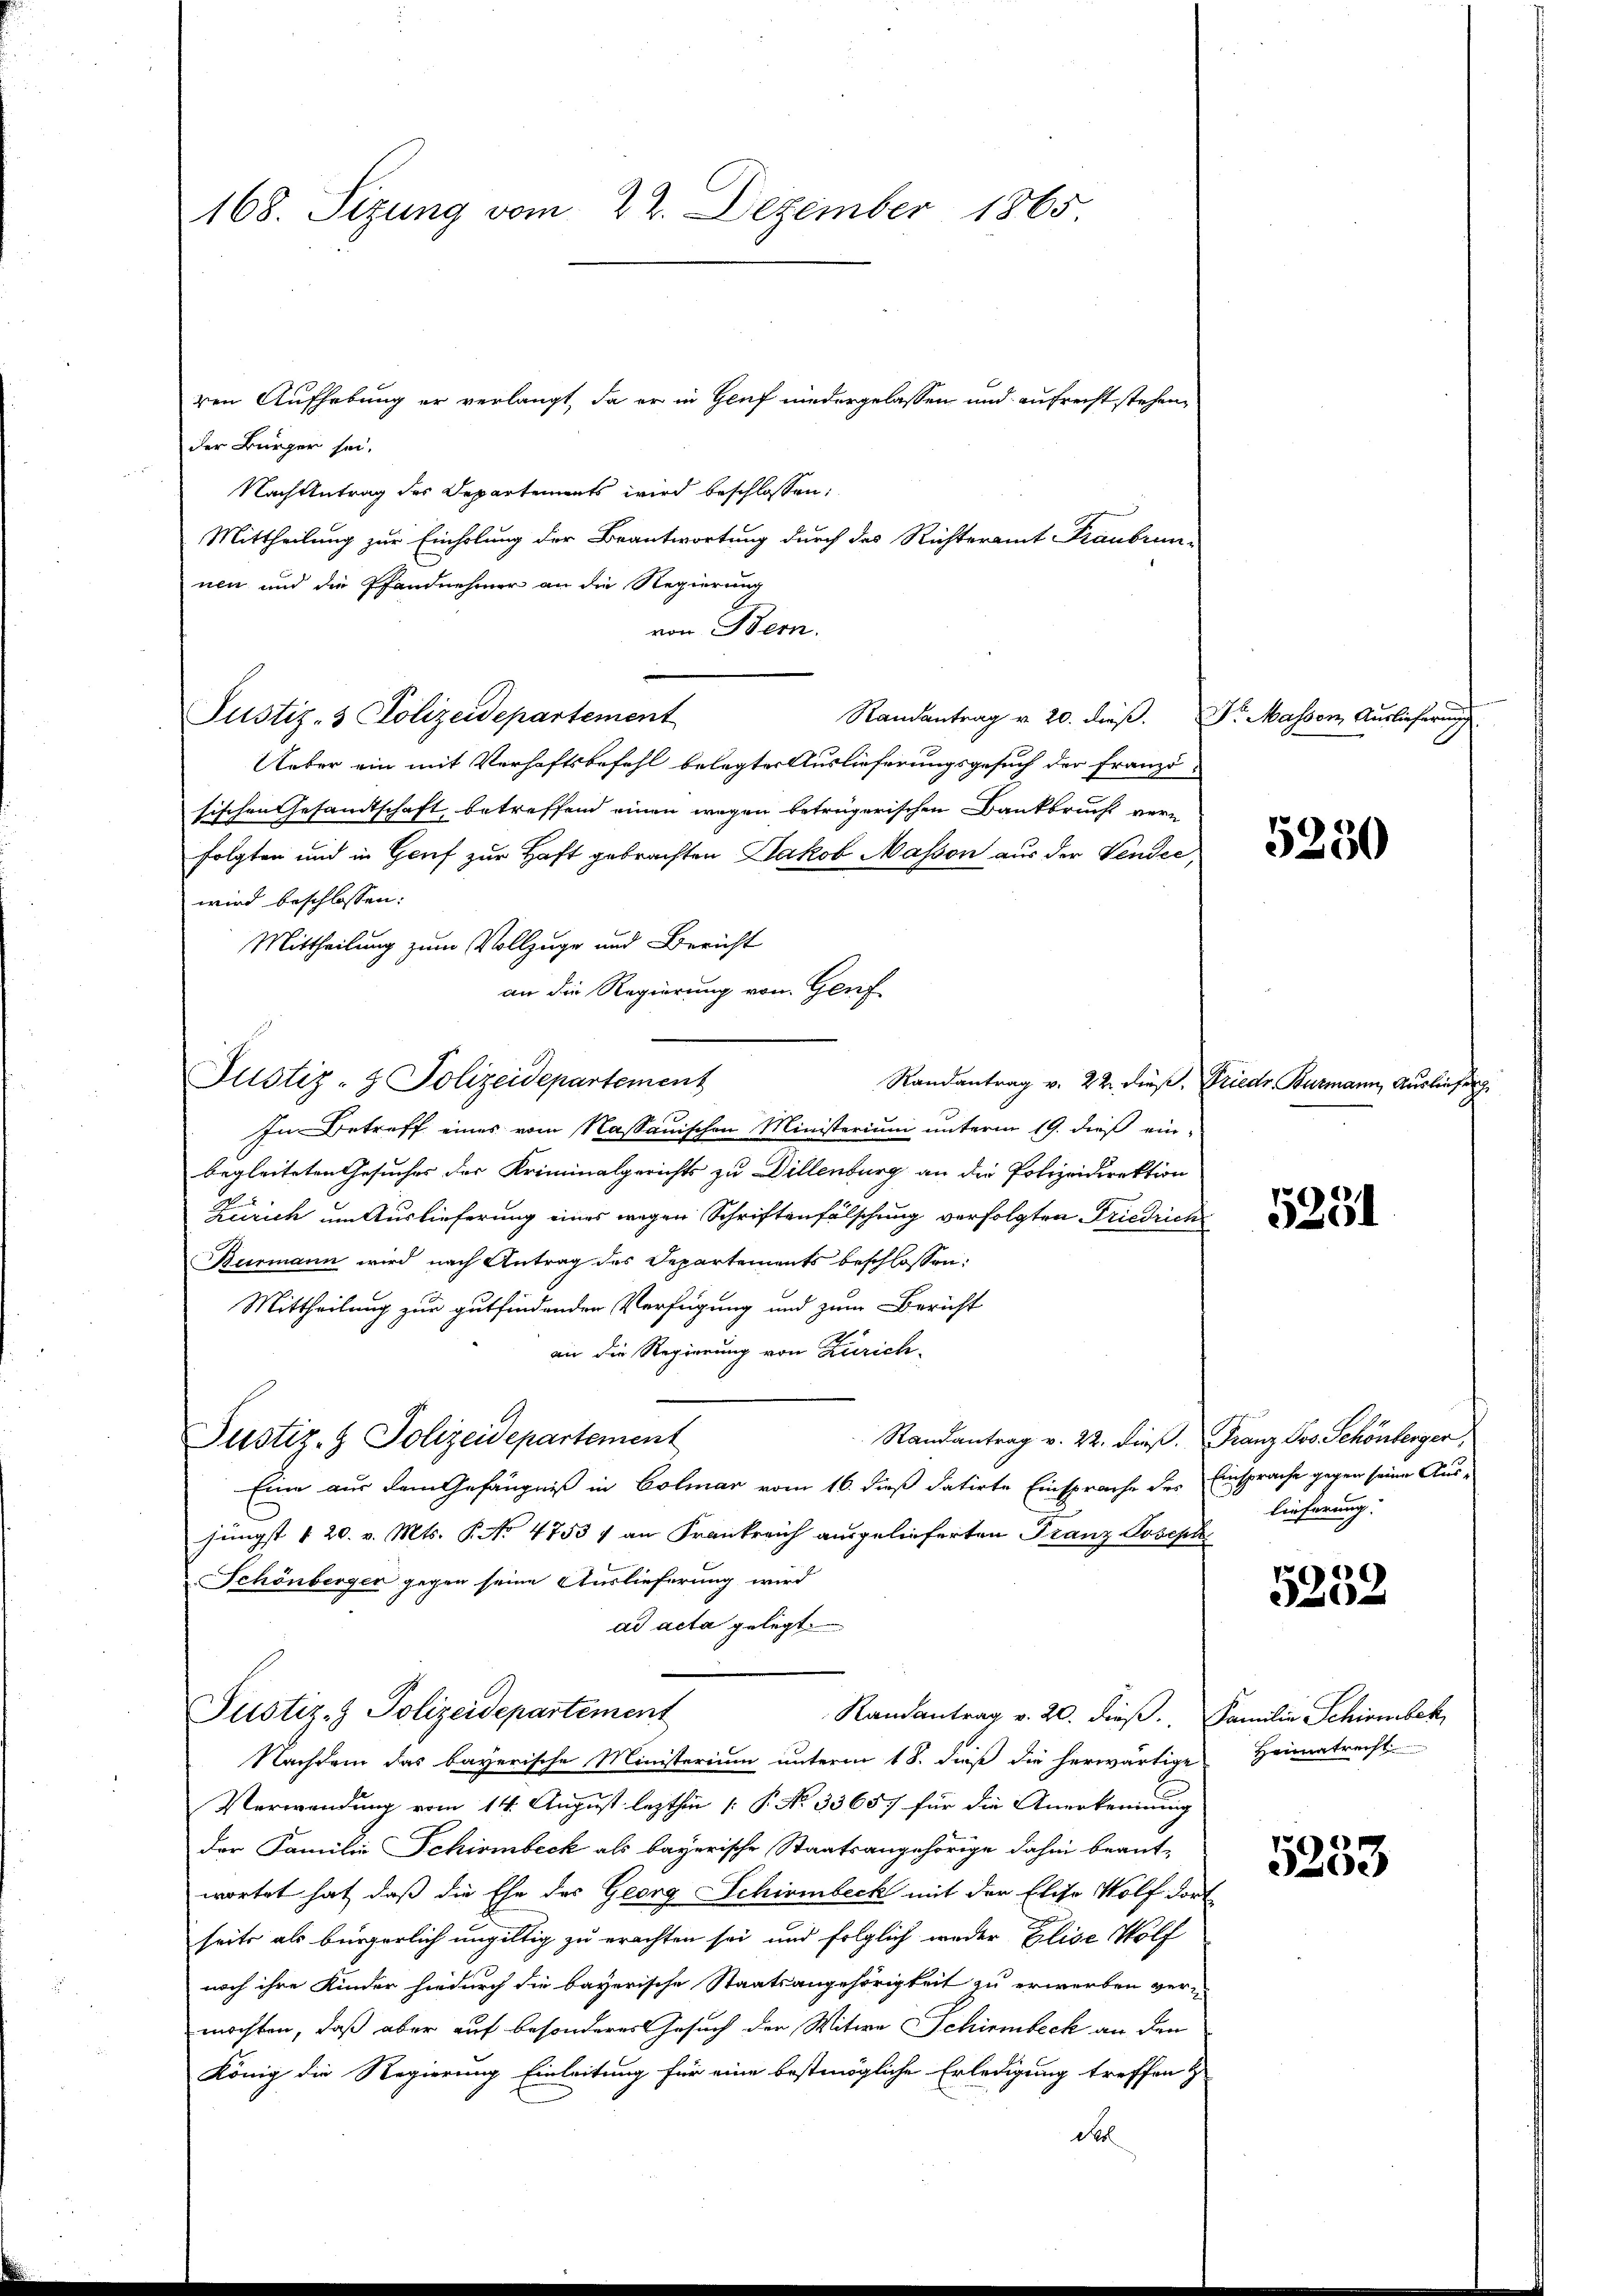
ren Aufhebung er verlangt, da er in Genf niedergelassen und aufrecht stehen,
der Bürger sei.
Nach Antrag des Departements wird beschlossen,
Mittheilung zur Einholung der Beantwortung durch des Richteramt Franbrun-
nen und die Pfandnehmer an die Regierung
von Bern.
Justiz- & Polizeidepartement
Randantrag v. 20. dieß. Dr. Massen Auslieferung
Ueber ein mit Verhaftsbefehl belegter Auslieferungsgesuch der Franzö-
sischen Gesandtschaft betreffend einen wegen betrügerischen Dankbrucht vern
folgten und in Genf zur Haft gebrachten Jakob Masson aus der Vendie,
wird beschlossen:
Mittheilung zum Vollzuge und Bericht
an die Regierung von Genf
Justiz- & Polizeidepartement
Randantrag v. 22. dieß, Friedr. Burmann, Ausliefer
In Betreff eines vom Kassauischen Ministerium unterm 19. dieß ein-
begleiteten Gesuches der Kriminalgerichts zu Dillenburg an die Polizeidirektion
Zürich um Auslieferung eines wegen Schriftenfälschung verfolgten Friedrich
Burmann wird nach Antrag des Departements beschlossen:
Mittheilung zur gutfindenden Verfügung und zum Bericht
an die Regierung von Zürich¬
Randantrag v. 22. dieß. Franz Jos. Schönberger
Justiz- & Polizeidepartement
Eine aus dem Gefängniß in Colmar vom 16. dieß datirte Einsprache des Einsprache gegen seine Ausjüngst § 20. v. Mts. P. No 47531 an Frankreich ausgelieferten Franz Joseph
Schönberger gegen seine Auslieferung wird
ad acta gelegt.
Justiz- & Polizeidepartement
Randantrag v. 20. dieß. Familie Schirmbeck,
Nachdem das bayerische Ministerium unterm 18. dieß die herwärtige
Verwendung vom 14. August lezthin [ P. No 33657 für die Anerkennung
der Familie Schirmbeck als bayerische Staatsangehörige dahin beantwortet hat, daß die Ehe des Georg Schirmbeck mit der Elise Wolf dort
seits als bürgerlich ungültig zu erachten sei und folglich weder Elise Wolf
noch ihre Kinder hiedurch die bayerische Staatsangehörigkeit zu erwerben vermöchten, daß aber auf besonderes Gesuch der Witwe Schirmbeck an den
König die Regierung Einleitung für eine bestmögliche Erledigung treffen &
der

168. Sizung vom 22. Dezember 1865

5250

5231

lieferung.

5232

Heimatrecht

5233